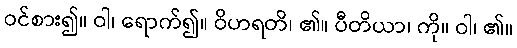
ဝင်စား၍။ ဝါ၊ ရောက်၍။ ဝိဟရတိ၊ ၏။ ပီတိယာ၊ ကို။ ဝါ၊ ၏။